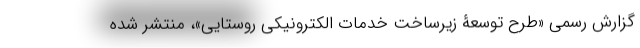
گزارش رسمی «طرح توسعۀ زیرساخت خدمات الکترونیکی روستایی»، منتشر شده